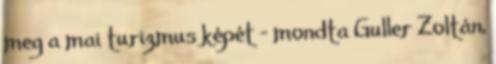
meg a mai turizmus képét – mondta Guller Zoltán,